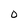
Character: 0